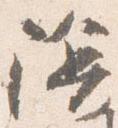
陰